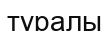
туралы